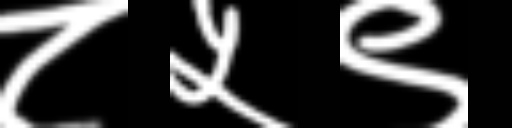
Text: ८५९